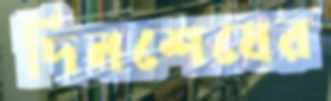
দিনশেষের